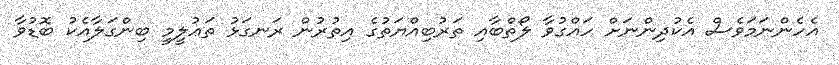
އެހެންނަމަވެސް އެކުދިންނަށް ހައްގުވާ ލޯތްބާއި ތަރުބިއްޔަތުގެ އިތުރުން ރަނގަޅު ތަޢުލީމީ ބިންގަލާއެކު ބޮޑުވާ